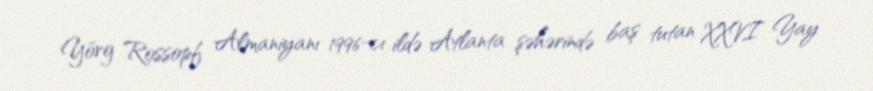
Yörg Rossopf Almaniyanı 1996-cı ildə Atlanta şəhərində baş tutan XXVI Yay